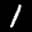
Label: 1